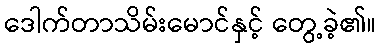
ဒေါက်တာသိမ်းမောင်နှင့် တွေ့ခဲ့၏။